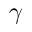
\gamma